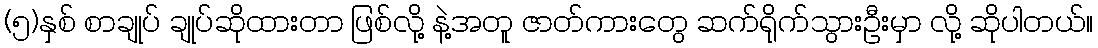
(၅)နှစ် စာချုပ် ချုပ်ဆိုထားတာ ဖြစ်လို့ နဲ့အတူ ဇာတ်ကားတွေ ဆက်ရိုက်သွားဦးမှာ လို့ ဆိုပါတယ်။